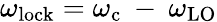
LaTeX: \omega_{\mathrm{lock}}=\omega_{\mathrm{c}}\: -\: \omega_{\mathrm{LO}}